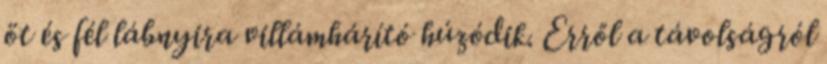
öt és fél lábnyira villámhárító húzódik. Erről a távolságról